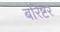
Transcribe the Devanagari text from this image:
बरिष्टर